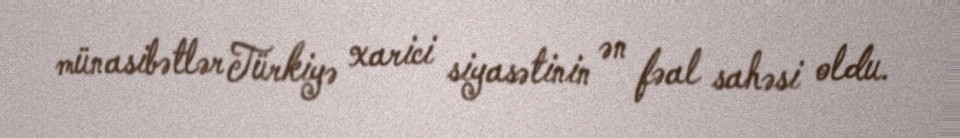
münasibətlər Türkiyə xarici siyasətinin ən fəal sahəsi oldu.